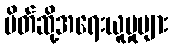
ပိတ်ဆို့အရေးယူမှုများ